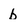
Character: b